Report of the Indian Hemp Drugs Commission, 1894-1895 - Volume II
Year: 1894
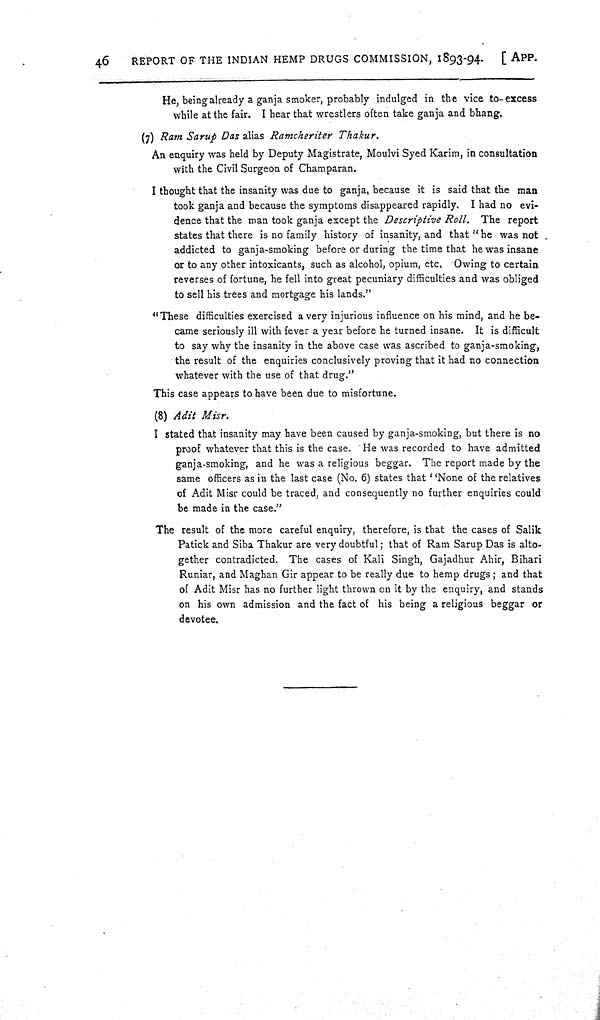
46
REPORT OF THE INDIAN HEMP DRUGS COMMISSION, 1893-94. [APP.
He, being already a ganja smoker, probably indulged in the vice to-excess
while at the fair. I hear that wrestlers often take ganja and bhang.
(7) Ram Sarup Das alias Ramcheriter Thakur.
An enquiry was held by Deputy Magistrate, Moulvi Syed Karim, in consultation
with the Civil Surgeon of Champaran.
I thought that the insanity was due to ganja, because it is said that the man
took ganja and because the symptoms disappeared rapidly. I had no evi-
dence that the man took ganja except the Descriptive Roll. The report
states that there is no family history of insanity, and that "he was not
addicted to ganja-smoking before or during the time that he was insane
or to any other intoxicants, such as alcohol, opium, etc. Owing to certain
reverses of fortune, he fell into great pecuniary difficulties and was obliged
to sell his trees and mortgage his lands."
"These difficulties exercised a very injurious influence on his mind, and he be-
came seriously ill with fever a year before he turned insane. It is difficult
to say why the insanity in the above case was ascribed to ganja-smoking,
the result of the enquiries conclusively proving that it had no connection
whatever with the use of that drug."
This case appears to have been due to misfortune.
(8) Adit Misr.
I stated that insanity may have been caused by ganja-smoking, but there is no
proof whatever that this is the case. He was recorded to have admitted
ganja-smoking, and he was a religious beggar. The report made by the
same officers as in the last case (No. 6) states that "None of the relatives
of Adit Misr could be traced, and consequently no further enquiries could
be made in the case."
The result of the more careful enquiry, therefore, is that the cases of Salik
Patick and Siba Thakur are very doubtful; that of Ram Sarup Das is alto-
gether contradicted. The cases of Kali Singh, Gajadhur Ahir, Bihari
Runiar, and Maghan Gir appear to be really due to hemp drugs; and that
of Adit Misr has no further light thrown on it by the enquiry, and stands
on his own admission and the fact of his being a religious beggar or
devotee.